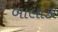
બાલાકા